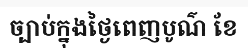
ច្បាប់ក្នុងថ្ងៃពេញបូណ៌ ខែ